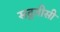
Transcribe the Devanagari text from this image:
सद्गतीसी